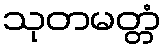
သုတမတ္တံ